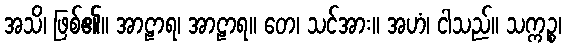
အသိ၊ ဖြစ်၏။ အာဠာရ၊ အာဠာရ။ တေ၊ သင်အား။ အဟံ၊ ငါသည်။ သက္ကဉ္စ၊